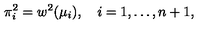
\pi _ { i } ^ { 2 } = w ^ { 2 } ( \mu _ { i } ) , \quad i = 1 , \ldots , n + 1 ,